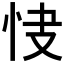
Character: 𢘦